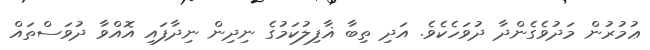
ޢުމުރުން މަދުވެގެންދާ ދުވަހެކެވެ. އަދި ތިބާ ޣާފިލުކަމުގެ ނިދިން ނިދާފައި އޮއްވާ ދުވަސްތައް